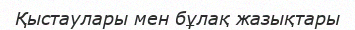
Қыстаулары мен бұлақ жазықтары